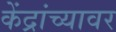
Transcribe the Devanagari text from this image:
केंद्रांच्यावर